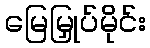
မြေမြှုပ်မိုင်း